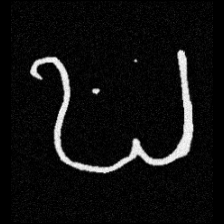
Pyu character \u2014 Myanmar letter: ဎ (romanized: ddha)